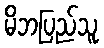
မိဘပြည်သူ